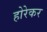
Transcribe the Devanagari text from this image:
होरेकर